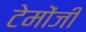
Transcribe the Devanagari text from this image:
टेमोंजी